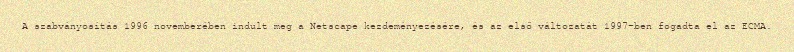
A szabványosítás 1996 novemberében indult meg a Netscape kezdeményezésére, és az első változatát 1997-ben fogadta el az ECMA.